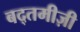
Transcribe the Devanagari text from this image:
बद्तमीज़ी